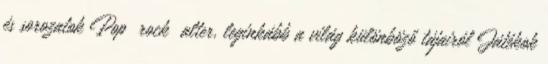
és sorozatok Pop rock alter, leginkább a világ különböző tájairól Játékok